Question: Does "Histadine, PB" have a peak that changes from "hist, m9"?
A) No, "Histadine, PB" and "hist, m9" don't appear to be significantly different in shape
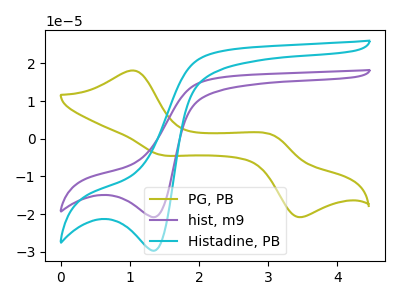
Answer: <think>The olive curve "PG, PB" has anodic peaks at (1.05V, 18.10uA) (3.05V, 1.05uA) and cathodic peaks at (1.45V, -4.25uA) (3.40V, -20.65uA). The purple curve "hist, m9" has a cathodic peak at: (1.35V, -20.80uA). The cyan curve "Histadine, PB" has a cathodic peak at: (1.35V, -29.75uA).
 All the peaks in "Histadine, PB" have a peak in "hist, m9" at the same potential. Every peak in "Histadine, PB" is higher than every peak in "hist, m9".</think>
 <answer>A) No, "Histadine, PB" and "hist, m9" don't appear to be significantly different in shape</answer>
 <eval>A</eval>